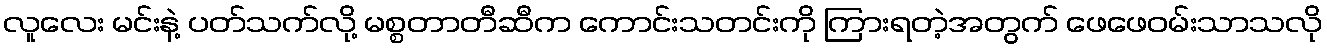
လူလေး မင်းနဲ့ ပတ်သက်လို့ မစ္စတာတီဆီက ကောင်းသတင်းကို ကြားရတဲ့အတွက် ဖေဖေဝမ်းသာသလို